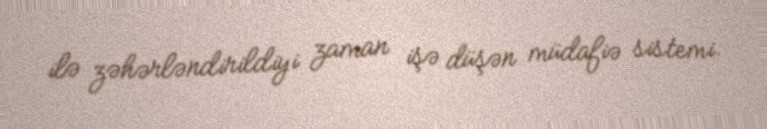
ilə zəhərləndirildiyi zaman işə düşən müdafiə sistemi.